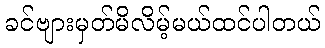
ခင်ဗျားမှတ်မိလိမ့်မယ်ထင်ပါတယ်